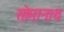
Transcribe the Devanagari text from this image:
सोमानाथ